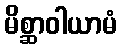
မိစ္ဆာဝါယာမံ